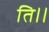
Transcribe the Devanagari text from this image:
ति।।